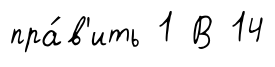
пра́в'ить 1 В 14